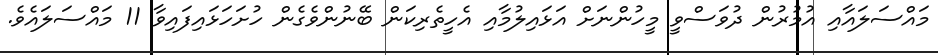
މައްސަލައާއި އުމުރުން ދުވަސްވީ މީހުންނަށް އަޅައިލުމާއި އެހީތެރިކަން ބޭނުންވެގެން ހުށަހަޅައިފައިވާ 11 މައްސަލައެވެ.